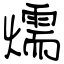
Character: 燸